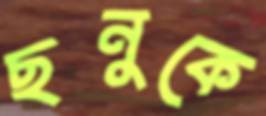
ছনুকে